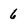
Character: 6